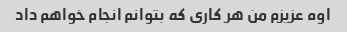
اوه عزیزم من هر کاری که بتوانم انجام خواهم داد